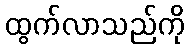
ထွက်လာသည်ကို